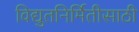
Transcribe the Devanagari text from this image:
विद्युतनिर्मितीसाठी